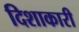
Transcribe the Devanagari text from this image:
दिशाकारी